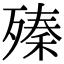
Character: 殝